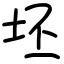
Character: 坯